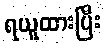
ရယူထားပြီး